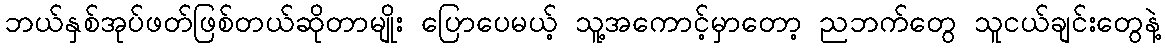
ဘယ်နှစ်အုပ်ဖတ်ဖြစ်တယ်ဆိုတာမျိုး ပြောပေမယ့် သူ့အကောင့်မှာတော့ ညဘက်တွေ သူငယ်ချင်းတွေနဲ့